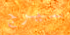
سيرج